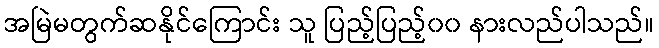
အမြဲမတွက်ဆနိုင်ကြောင်း သူ ပြည့်ပြည့်၀၀ နားလည်ပါသည်။